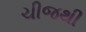
ચીજથી